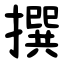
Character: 撰